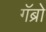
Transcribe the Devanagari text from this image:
गॅब्रो